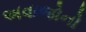
અવાજોનો